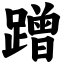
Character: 蹭